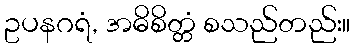
ဥပနဂရံ, အဓိစိတ္တံ စသည်တည်း။